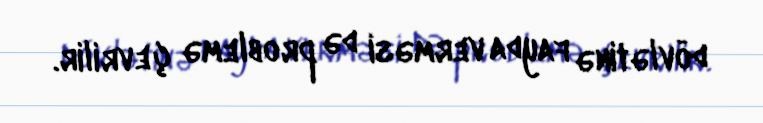
dövlətinə fayda verməsi də problemə çevrilir.